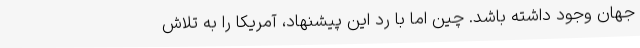
جهان وجود داشته باشد. چین اما با رد این پیشنهاد، آمریکا را به تلاش